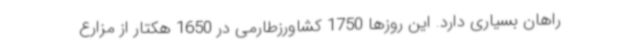
راهان بسیاری دارد. این روزها 1750 کشاورزطارمی در 1650 هکتار از مزارع